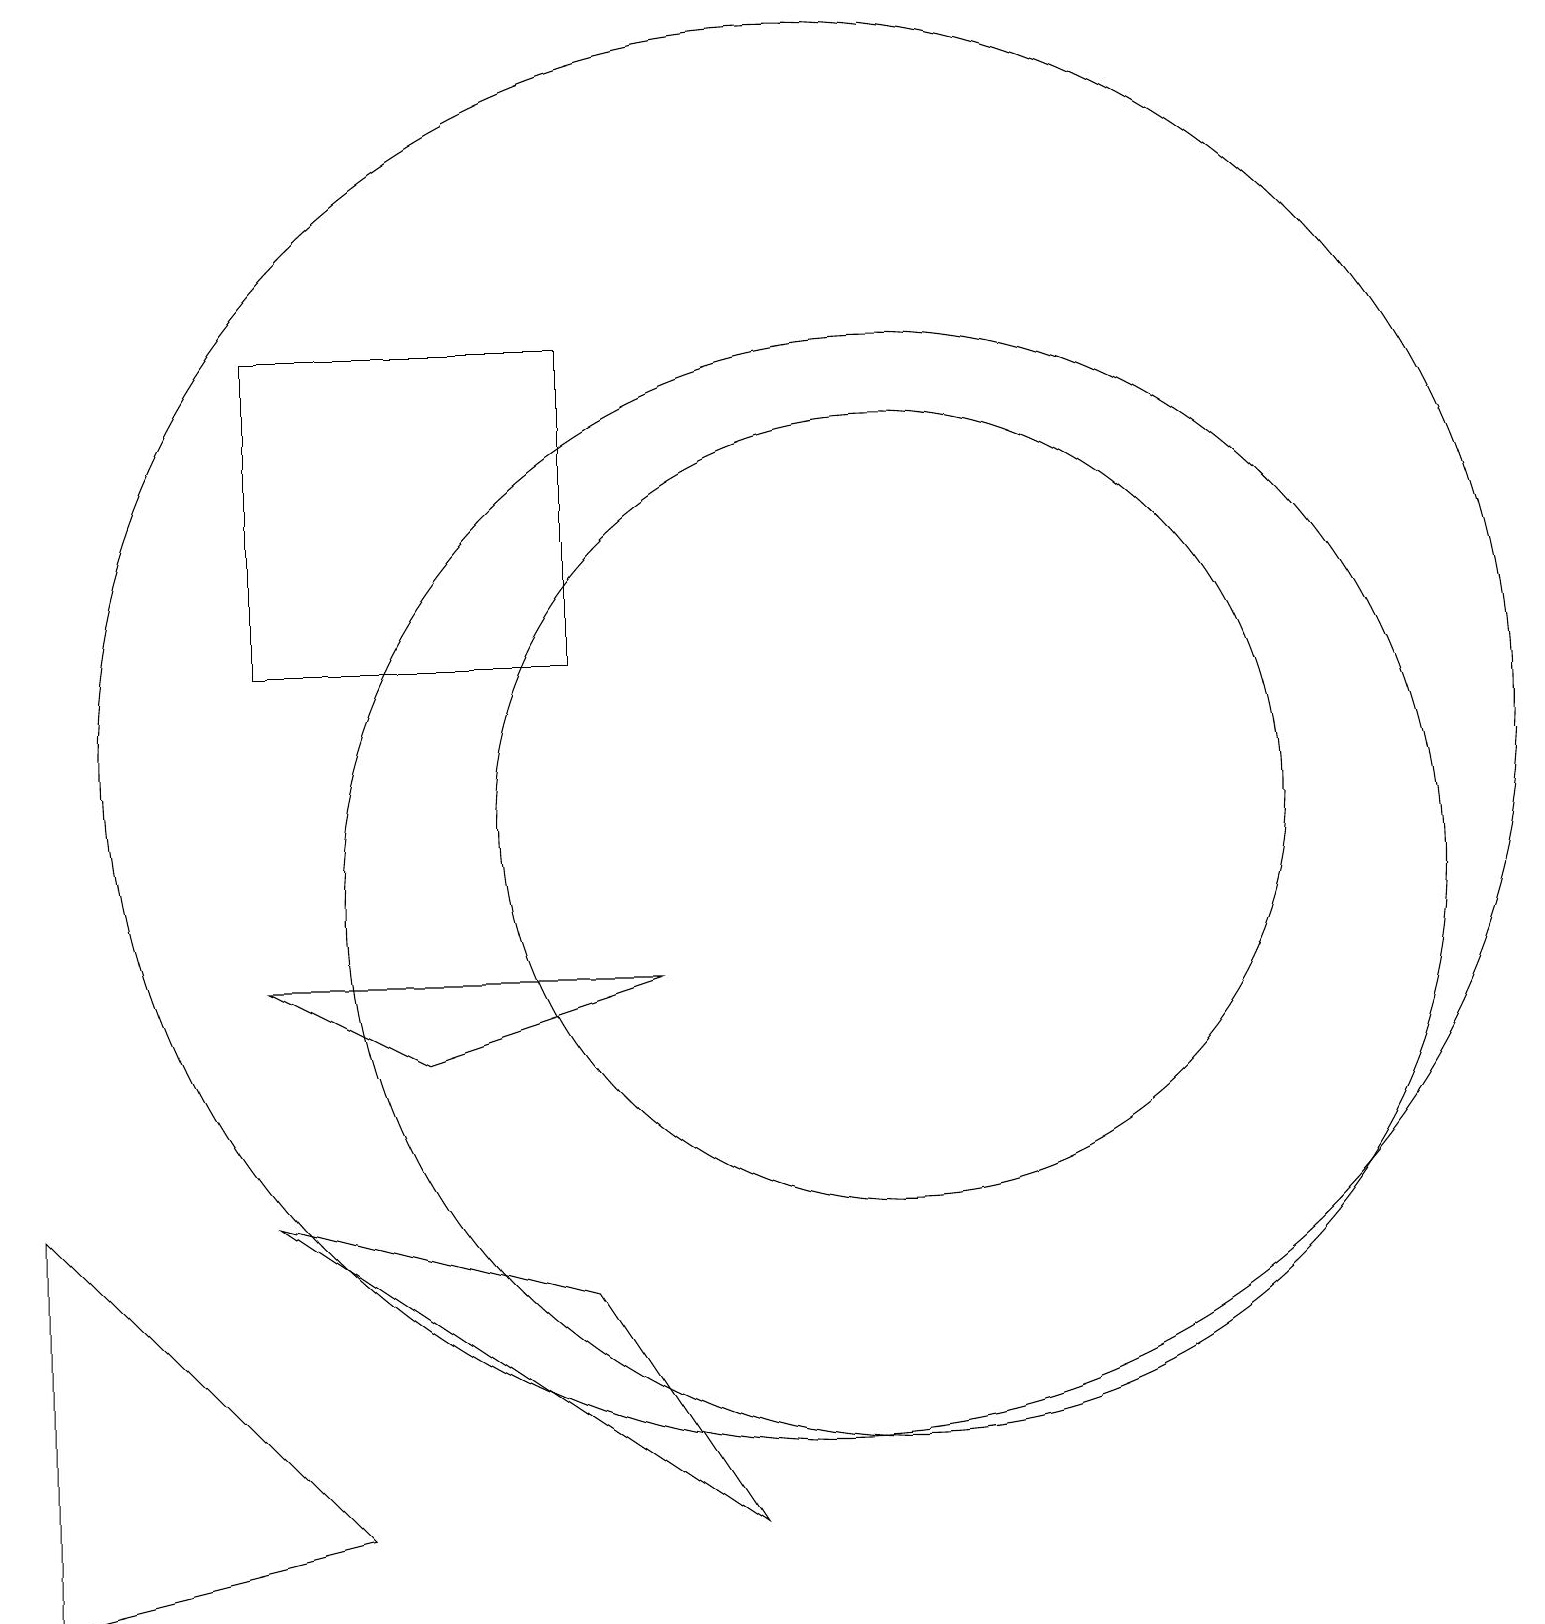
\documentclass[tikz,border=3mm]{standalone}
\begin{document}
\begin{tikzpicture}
\draw (4,2) -- (0,1) -- (0,6) -- cycle;
\draw (7,17) rectangle (3,13);
\draw (10,12) circle (9);
\draw (3,9) -- (8,9) -- (5,8) -- cycle;
\draw (7,5) -- (3,6) -- (9,2) -- cycle;
\draw (11,10) circle (7);
\draw (11,11) circle (5);
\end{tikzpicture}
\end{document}